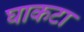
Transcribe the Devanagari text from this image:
घाकटा